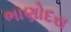
ભાણોદરા